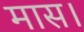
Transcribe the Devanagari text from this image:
मास।